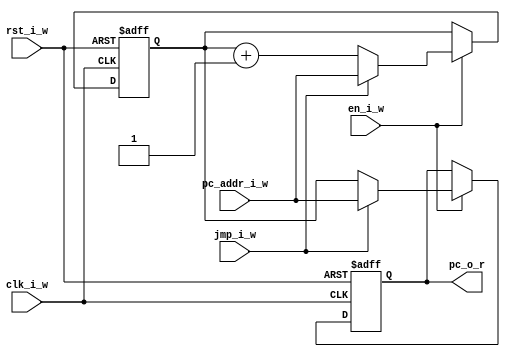
module pc (
     input   wire           clk_i_w
    ,input   wire           rst_i_w

    ,input wire             en_i_w
    ,input wire             jmp_i_w
    ,input wire [15:0]      pc_addr_i_w

    ,output reg[15:0]       pc_o_r
);

    reg [15:0] pc_reg_r;
    
    always @(posedge clk_i_w or negedge rst_i_w) begin
        if(!rst_i_w) begin
            pc_o_r <= 16'b0;
        end else begin
            if(en_i_w) begin
                if(jmp_i_w) begin
                    pc_o_r <= pc_addr_i_w;
                end else begin
                    pc_o_r <= pc_reg_r;
                end
            end
        end
    end
    always @(posedge clk_i_w or negedge rst_i_w) begin
        if(!rst_i_w) begin
            pc_reg_r <= 16'b0;
        end else begin
            if(en_i_w) begin
                if(jmp_i_w) begin
                    pc_reg_r <= pc_addr_i_w;
                end else begin
                    pc_reg_r <= pc_reg_r + 1;
                end
            end
        end
    end

endmodule